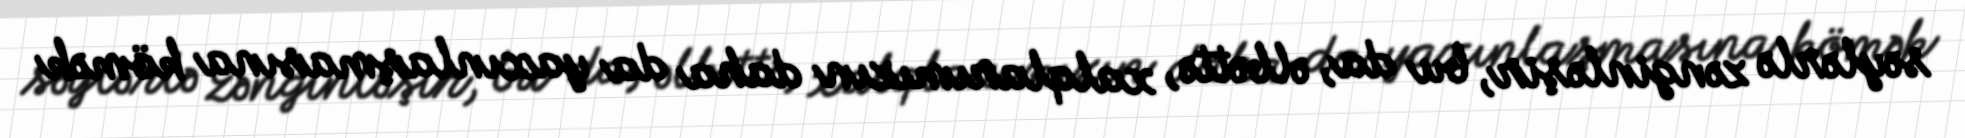
səylərlə zənginləşir, bu da, əlbəttə, xalqlarımızın daha da yaxınlaşmasına kömək